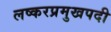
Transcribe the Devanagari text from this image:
लष्करप्रमुखपदी